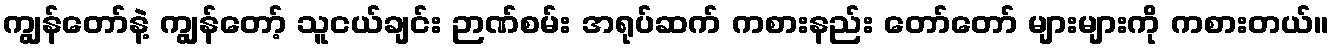
ကျွန်တော်နဲ့ ကျွန်တော့် သူငယ်ချင်း ဉာဏ်စမ်း အရုပ်ဆက် ကစားနည်း တော်တော် များများကို ကစားတယ်။